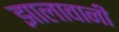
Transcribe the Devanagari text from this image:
झालावानी